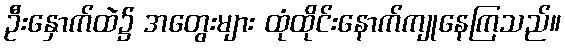
ဦးနှောက်ထဲ၌ အတွေးများ ထုံထိုင်းနောက်ကျုနေကြသည်။